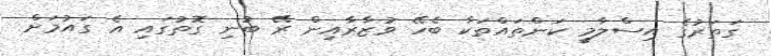
ގަތަރުގެ އިސްލާމީ ކަންތައްތަކާ ބެހޭ ވުޒާރާއިން ރޭ ބުނި ގޮތުގައި އެ ގައުމަށް